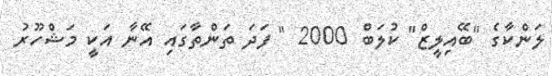
ލަންކާގެ "ބޭއިލީޒް" ކުލަބް 2000 " ފަދަ ތަންތާގައި އޭނާ އަކީ މަޝްހޫރު